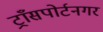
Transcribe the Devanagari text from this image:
ट्राँसपोर्टनगर